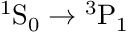
^ 1 \mathrm { S } _ { 0 } \to { } ^ { 3 } \mathrm { P } _ { 1 }